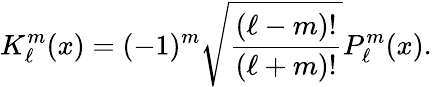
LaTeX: K_{\ell}^{m}(x)=(-1)^{m}\sqrt{\frac{(\ell-m)!}{(\ell+m)!}}P_{\ell}^{m}(x).